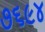
૭૬૯૪